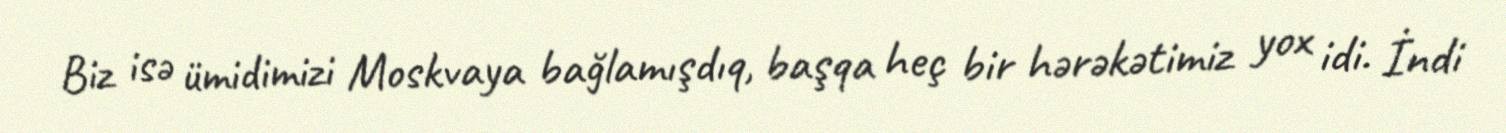
Biz isə ümidimizi Moskvaya bağlamışdıq, başqa heç bir hərəkətimiz yox idi. İndi